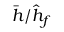
\bar { h } / \hat { h } _ { f }